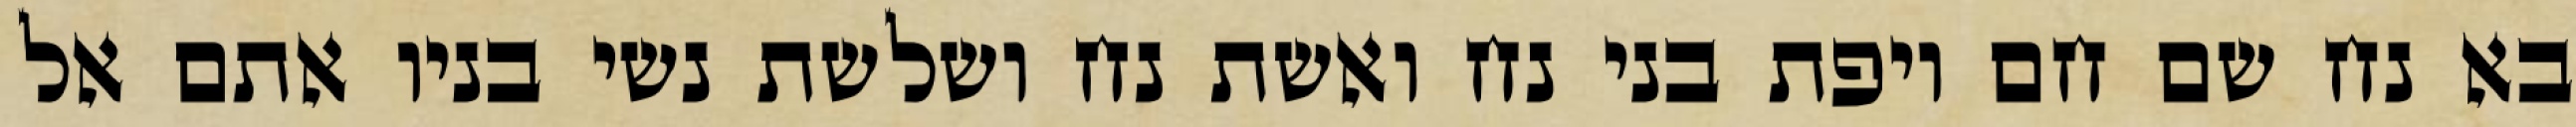
בא נח שם חם ויפת בני נח ואשת נח ושלשת נשי בניו אתם אל